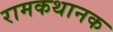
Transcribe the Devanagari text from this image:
रामकथानक